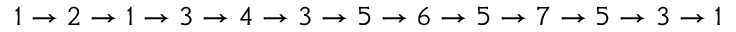
1 \rightarrow 2 \rightarrow 1 \rightarrow 3 \rightarrow 4 \rightarrow 3 \rightarrow 5 \rightarrow 6 \rightarrow 5 \rightarrow 7 \rightarrow 5 \rightarrow 3 \rightarrow 1